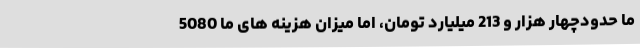
ما حدودچهار هزار و 213 میلیارد تومان، اما میزان هزینه های ما 5080